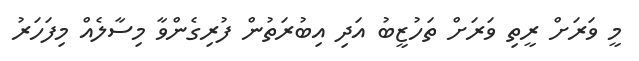
މީ ވަރަށް ރީތި ވަރަށް ތަހުޒީބު އަދި އިބުރަތުން ފުރިގެންވާ މިސާލެއް މިފަހަރު